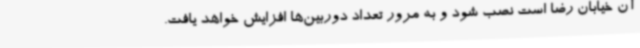
آن خیابان رضا است نصب شود و به مرور تعداد دوربین‌ها افزایش خواهد یافت.